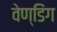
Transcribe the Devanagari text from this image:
वेण्डिंग